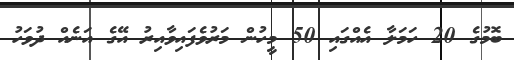
ބޮމުގެ 20 ހަމަލާ އެއްގައި 50 މީހުން މަރުވެފައިވާއިރު އޭގެ އަނެއް ދުވަހު